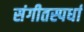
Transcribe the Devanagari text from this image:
संगीतस्पर्धा